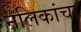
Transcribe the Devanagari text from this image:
नलिकांचा